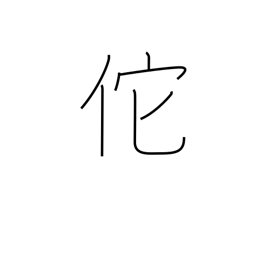
Meaning: proud